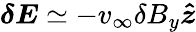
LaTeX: \boldsymbol{\delta E}\simeq-v_{\infty}\delta B_{y}\boldsymbol{\hat{z}}